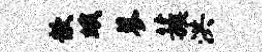
歆蛾蓼蔟洪